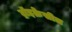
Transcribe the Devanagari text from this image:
ट्रॉइक्रेसील